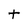
Character: t